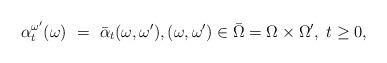
LaTeX: \begin{align*}\alpha_t^{\omega'}(\omega) \ = \ \bar\alpha_t(\omega,\omega'), (\omega,\omega')\in\bar\Omega=\Omega\times\Omega',\;t\geq0,\end{align*}